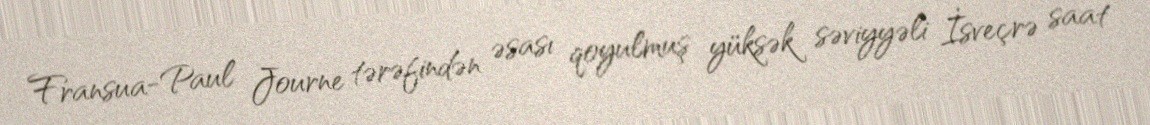
Fransua-Paul Journe tərəfindən əsası qoyulmuş yüksək səviyyəli İsveçrə saat